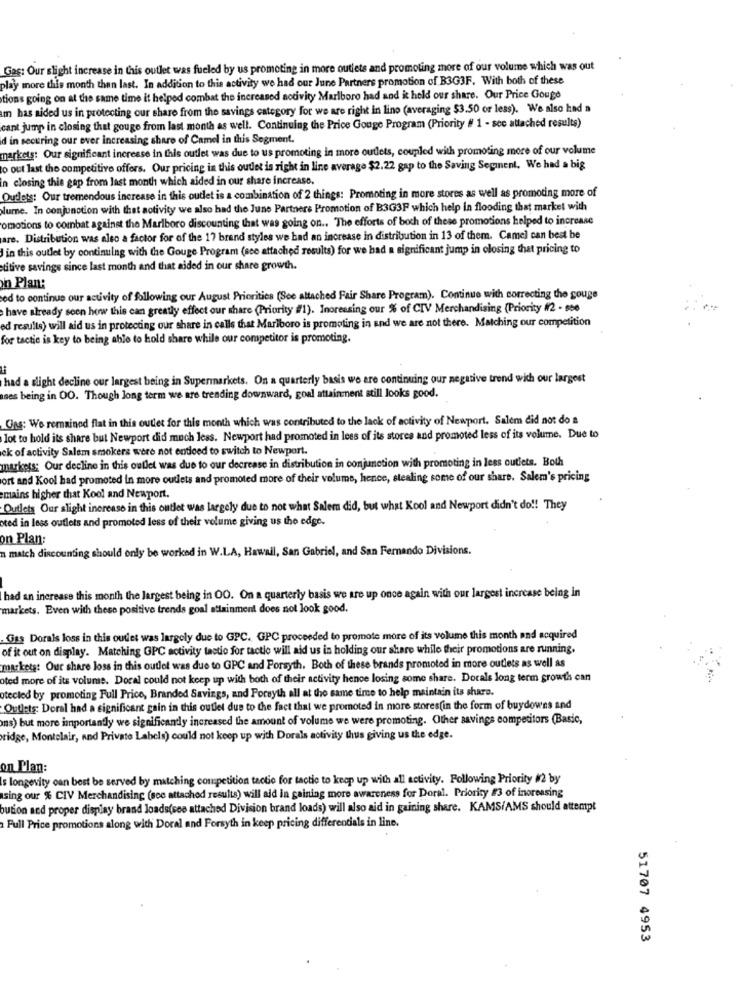
Gag: Our slight increase in this outlet was fueled by us promoting in more outlets and promoting more of our volume which was out
play more this month than last. In addition to this activity we had our June Partners promotion of B3G3F. With both of these
tions going on at the same time it helped combat the increased activity Marlboro had and it held our share. Our Price Gouge
um has aided us in protecting our share from the savings category for we are right in lino (averaging $3.50 or less). We also had a
cant jump in closing that gouge from last month as well. Continuing the Price Gouge Program (Priority # 1 - soc attached results)
d in securing our ever increasing share of Camel in this Segment.
markets: Our significant increase in this outlet was due to us promoting in more outlets, coupled with promoting more of our volume
to out last the competitive offers. Our pricing in this oudet is right in line average $2.22 gap to the Saving Segment. We had a big
In closing this gap from last month which aided in our share increase.
Outlets: Our tremendous increase in this oudet is a combination of 2 things: Promoting in more stores as well as promoting more of
Nlume. In conjunction with that aotivity we also had the June Partners Promotion of B3G3F which help in flooding that market with
omotions to combat against the Marlboro discounting that was going on .. The efforts of both of these promotions helped to increase
are. Distribution was also a factor for of the 17 brand styles we had an increase in distribution in 13 of them. Camel can best be
in this outlet by continuing with the Gouge Program (see attached results) for we had a significant jump in closing that pricing to
stitive savings since last month and that aided in our share growth.
n Plan:
ed to continue our activity of following our August Priorities (See attached Fair Share Program). Continue with correcting the gouge
have already seen how this can greatly effect our share (Priority #1). Increasing our % of CIV Merchandising (Priority #2 - ste
ed results) will aid us in protecting our share in calls that Marlboro is promoting in and we are not there. Matching our competition
for tactic is key to being able to hold share while our competitor is promoting.
had a slight decline our largest being in Supermarkets. On a quarterly basis we are continuing our negative trend with our largest
ses being in OO. Though long term we are trending downward, goal attainment still looks good.
Gas: We remained flat in this outlet for this month which was contributed to the lack of activity of Newport. Salem did not do a
lot to hold its share but Newport did much less. Newport had promoted in lees of its stores and promoted less of its volume. Due to
ek of activity Salem smokers were not enticed to switch to Newport.
markets; Our decline in this outlet was due to our decrease in distribution in conjunction with promoting in less outlets. Both
ort and Kool had promoted in more outlets and promoted more of their volume, hence, stealing some of our share. Salem's pricing
mains higher that Kool and Newport.
Outlets Our slight increase in this outlet was largely due to not what Salem did, but what Kool and Newport didn't do !! They
oted in less outlets and promoted less of their volume giving us the edge.
on Plan:
n match discounting should only be worked in W.LA, Hawall, San Gabriel, and San Fernando Divisions.
had an increase this month the largest being in OO. On a quarterly basis we are up once again with our largest increase being in
markets. Even with these positive trends goal attainment does not look good.
Gss Dorals loss in this oudet was largely due to GPC. GPC proceeded to promote more of its volume this month and acquired
of it out on display. Matching GPC activity tactio for tactic will aid us in holding our share while their promotions are running.
markets: Our share loss in this outlet was due to GPC and Forsyth. Both of these brands promoted in more outlets as well as
oted more of its volume. Docal could not keep up with both of their activity hence losing some share. Dorals long term growth can
otecled by promoting Full Price, Branded Savings, and Forsyth all at the same time to help maintain its share.
Outlets: Doral had a significant gain in this outlet due to the fact that we promoted in more stores(in the form of buydowns and
ns) but more importantly we significandy increased the amount of volume we were promoting. Other savings competitors (Basic,
ridge, Montelair, and Private Labels) could not keep up with Dorals activity thus giving us the edge.
on Plan:
Is longevity can best be served by matching competition tactie for tactic to keep up with all activity. Following Priority #2 by
sing our % CIV Merchandising (see attached results) will aid in gaining more awareness for Doral. Priority #3 of inoreasing
bution and proper display brand loads(see attached Division brand loads) will also aid in gaining share. KAMS/AMS should attempt
Full Price promotions along with Doral and Forsyth in keep pricing differentials in line.
51707 4953